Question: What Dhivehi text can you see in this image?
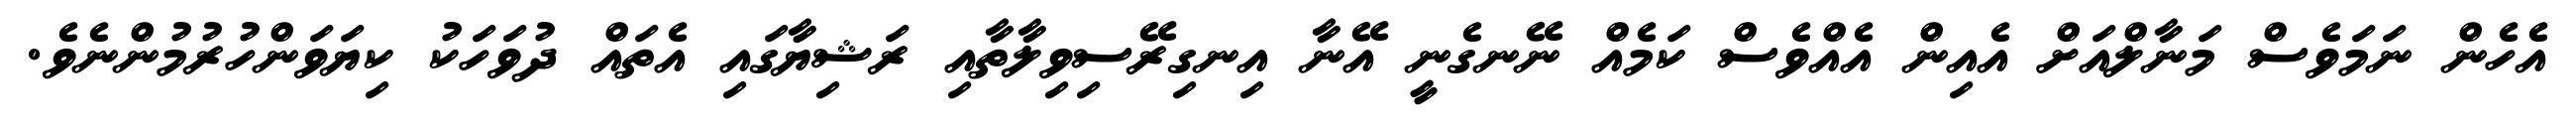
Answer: އެހެން ނަމަވެސް މަނާލްއަށް އެއިން އެއްވެސް ކަމެއް ނޭނގެނީ އޭނާ އިނގިރޭސިވިލާތާއި ރަޝިޔާގައި އެތައް ދުވަހަކު ކިޔަވަންހުރުމުންނެވެ.